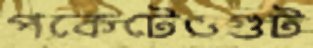
পকেটেওগুট